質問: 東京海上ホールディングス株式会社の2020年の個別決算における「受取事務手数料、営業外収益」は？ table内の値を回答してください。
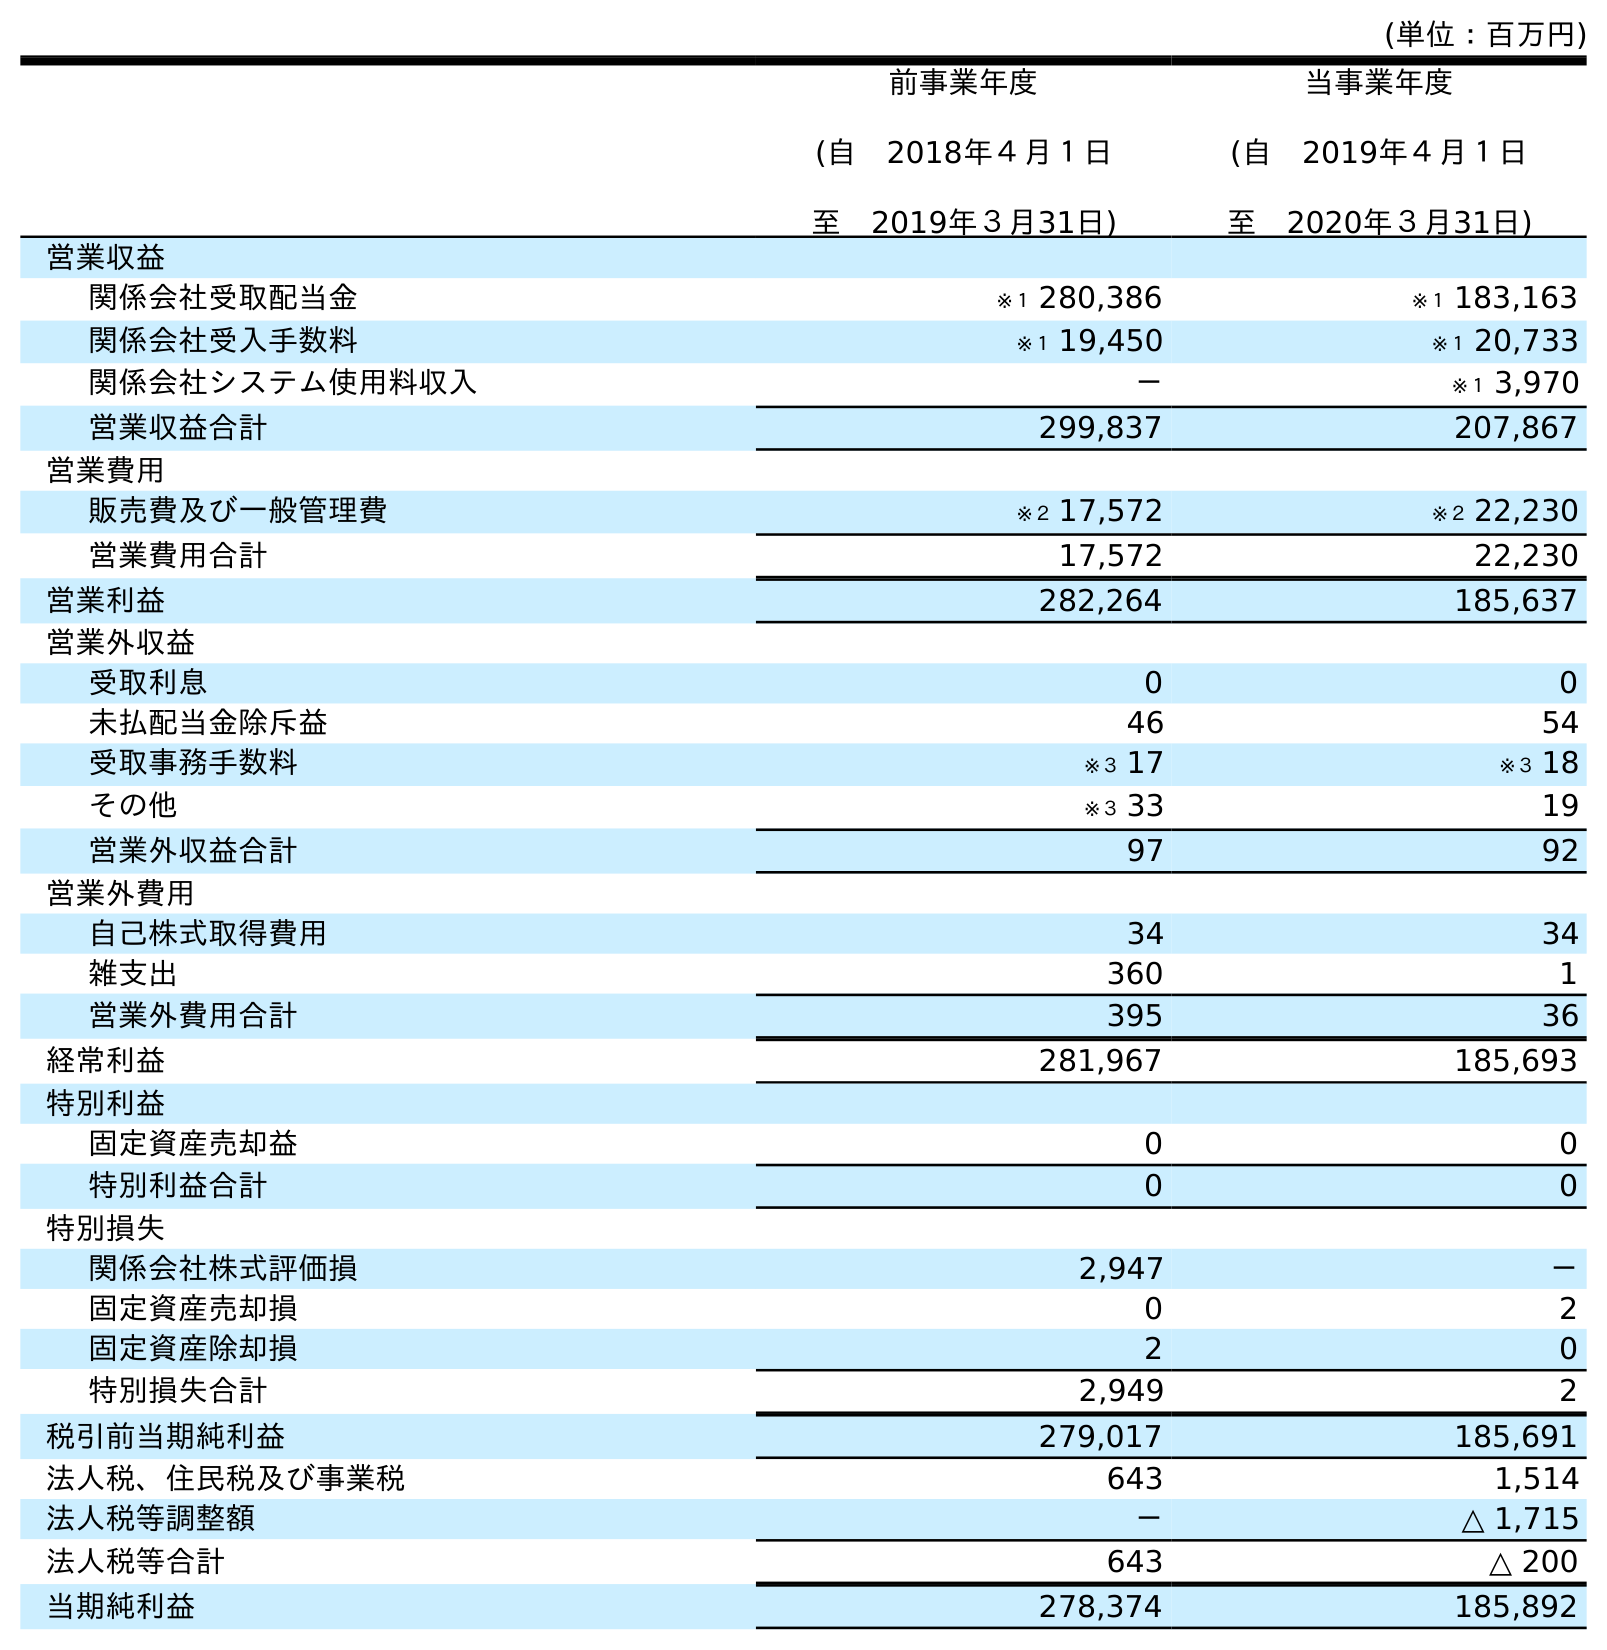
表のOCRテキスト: (単位：百万円) 前事業年度 (自 2018年４月１日 至 2019年３月31日) 当事業年度 (自 2019年４月１日 至 2020年３月31日) 営業収益 関係会社受取配当金 ※１ 280,386 ※１ 183,163 関係会社受入手数料 ※１ 19,450 ※１ 20,733 関係会社システム使用料収入 － ※１ 3,970 営業収益合計 299,837 207,867 営業費用 販売費及び一般管理費 ※２ 17,572 ※２ 22,230 営業費用合計 17,572 22,230 営業利益 282,264 185,637 営業外収益 受取利息 0 0 未払配当金除斥益 46 54 受取事務手数料 ※３ 17 ※３ 18 その他 ※３ 33 19 営業外収益合計 97 92 営業外費用 自己株式取得費用 34 34 雑支出 360 1 営業外費用合計 395 36 経常利益 281,967 185,693 特別利益 固定資産売却益 0 0 特別利益合計 0 0 特別損失 関係会社株式評価損 2,947 － 固定資産売却損 0 2 固定資産除却損 2 0 特別損失合計 2,949 2 税引前当期純利益 279,017 185,691 法人税、住民税及び事業税 643 1,514 法人税等調整額 － △ 1,715 法人税等合計 643 △ 200 当期純利益 278,374 185,892
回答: ※３18